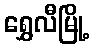
ရွှေလီမြို့